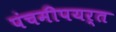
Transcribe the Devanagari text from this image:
पंचमीपयर्त